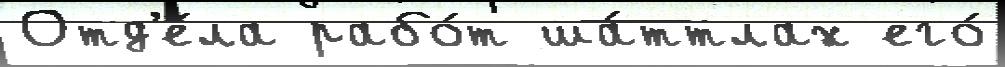
Отд'е́ла рабо́т ша́ттлах его́